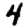
Digit: 4